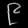
Digit: ၉